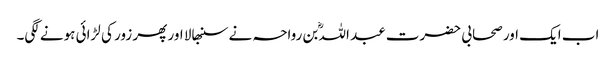
اب ایک اور صحابی حضرت عبد اللہؓ بن رواحہ نے سنبھالا اور پھر زور کی لڑائی ہونے لگی۔